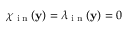
\chi _ { \tiny \mathrm { ~ i ~ n ~ } } ( \mathbf y ) = \lambda _ { \tiny \mathrm { ~ i ~ n ~ } } ( \mathbf y ) = 0